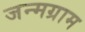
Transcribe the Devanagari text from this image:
जन्मग्राम